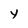
Character: Y